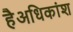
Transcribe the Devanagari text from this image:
हैअधिकांश